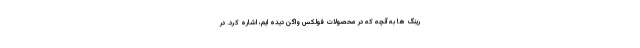
رینگ ها به آنچه که در محصولات فولکس واگن دیده ایم، اشاره کرد. در